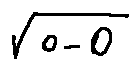
\sqrt { o - 0 }